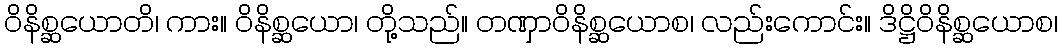
ဝိနိစ္ဆယောတိ၊ ကား။ ဝိနိစ္ဆယော၊ တို့သည်။ တဏှာဝိနိစ္ဆယောစ၊ လည်းကောင်း။ ဒိဋ္ဌိဝိနိစ္ဆယောစ၊